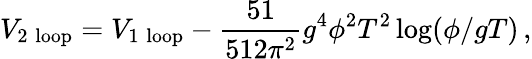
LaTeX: V_{2\mathrm{\; loop}}=V_{1\mathrm{\; loop}}-\frac{51}{512\pi^{2}}g^{4}\phi^{2}T^{2}\log(\phi/gT)\, ,